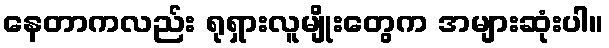
နေတာကလည်း ရုရှားလူမျိုးတွေက အများဆုံးပါ။